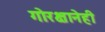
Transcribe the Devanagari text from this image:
गोरक्षानेही